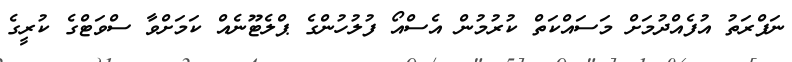
ނަފްރަތު އުފެއްދުމަށް މަސައްކަތް ކުރުމުން އެސްއޯ ފުލުހުންގެ ޕްލެޓޫނެއް ކަމަށްވާ ސްވަޓްގެ ކުރީގެ